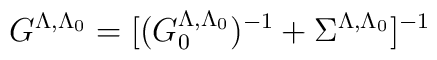
G^{\Lambda , \Lambda_0} = [ (G_0^{\Lambda , \Lambda_0})^{-1} + \Sigma^{\Lambda , \Lambda_0} ]^{-1}